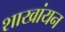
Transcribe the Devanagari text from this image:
शाखांयन